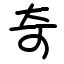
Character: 奇